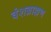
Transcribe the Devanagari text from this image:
वंशब्राह्मण